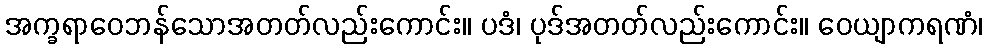
အက္ခရာဝေဘန်သောအတတ်လည်းကောင်း။ ပဒံ၊ ပုဒ်အတတ်လည်းကောင်း။ ဝေယျာကရဏံ၊